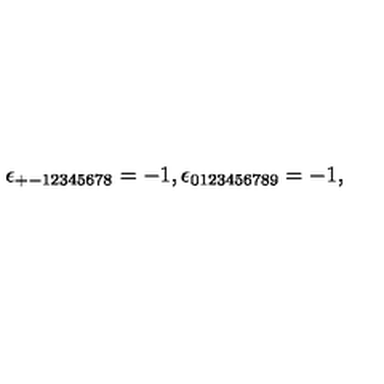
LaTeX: \qquad \epsilon _ { + - 1 2 3 4 5 6 7 8 } = - 1 , \epsilon _ { 0 1 2 3 4 5 6 7 8 9 } = - 1 ,